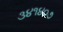
૩૪૧૪૦૭